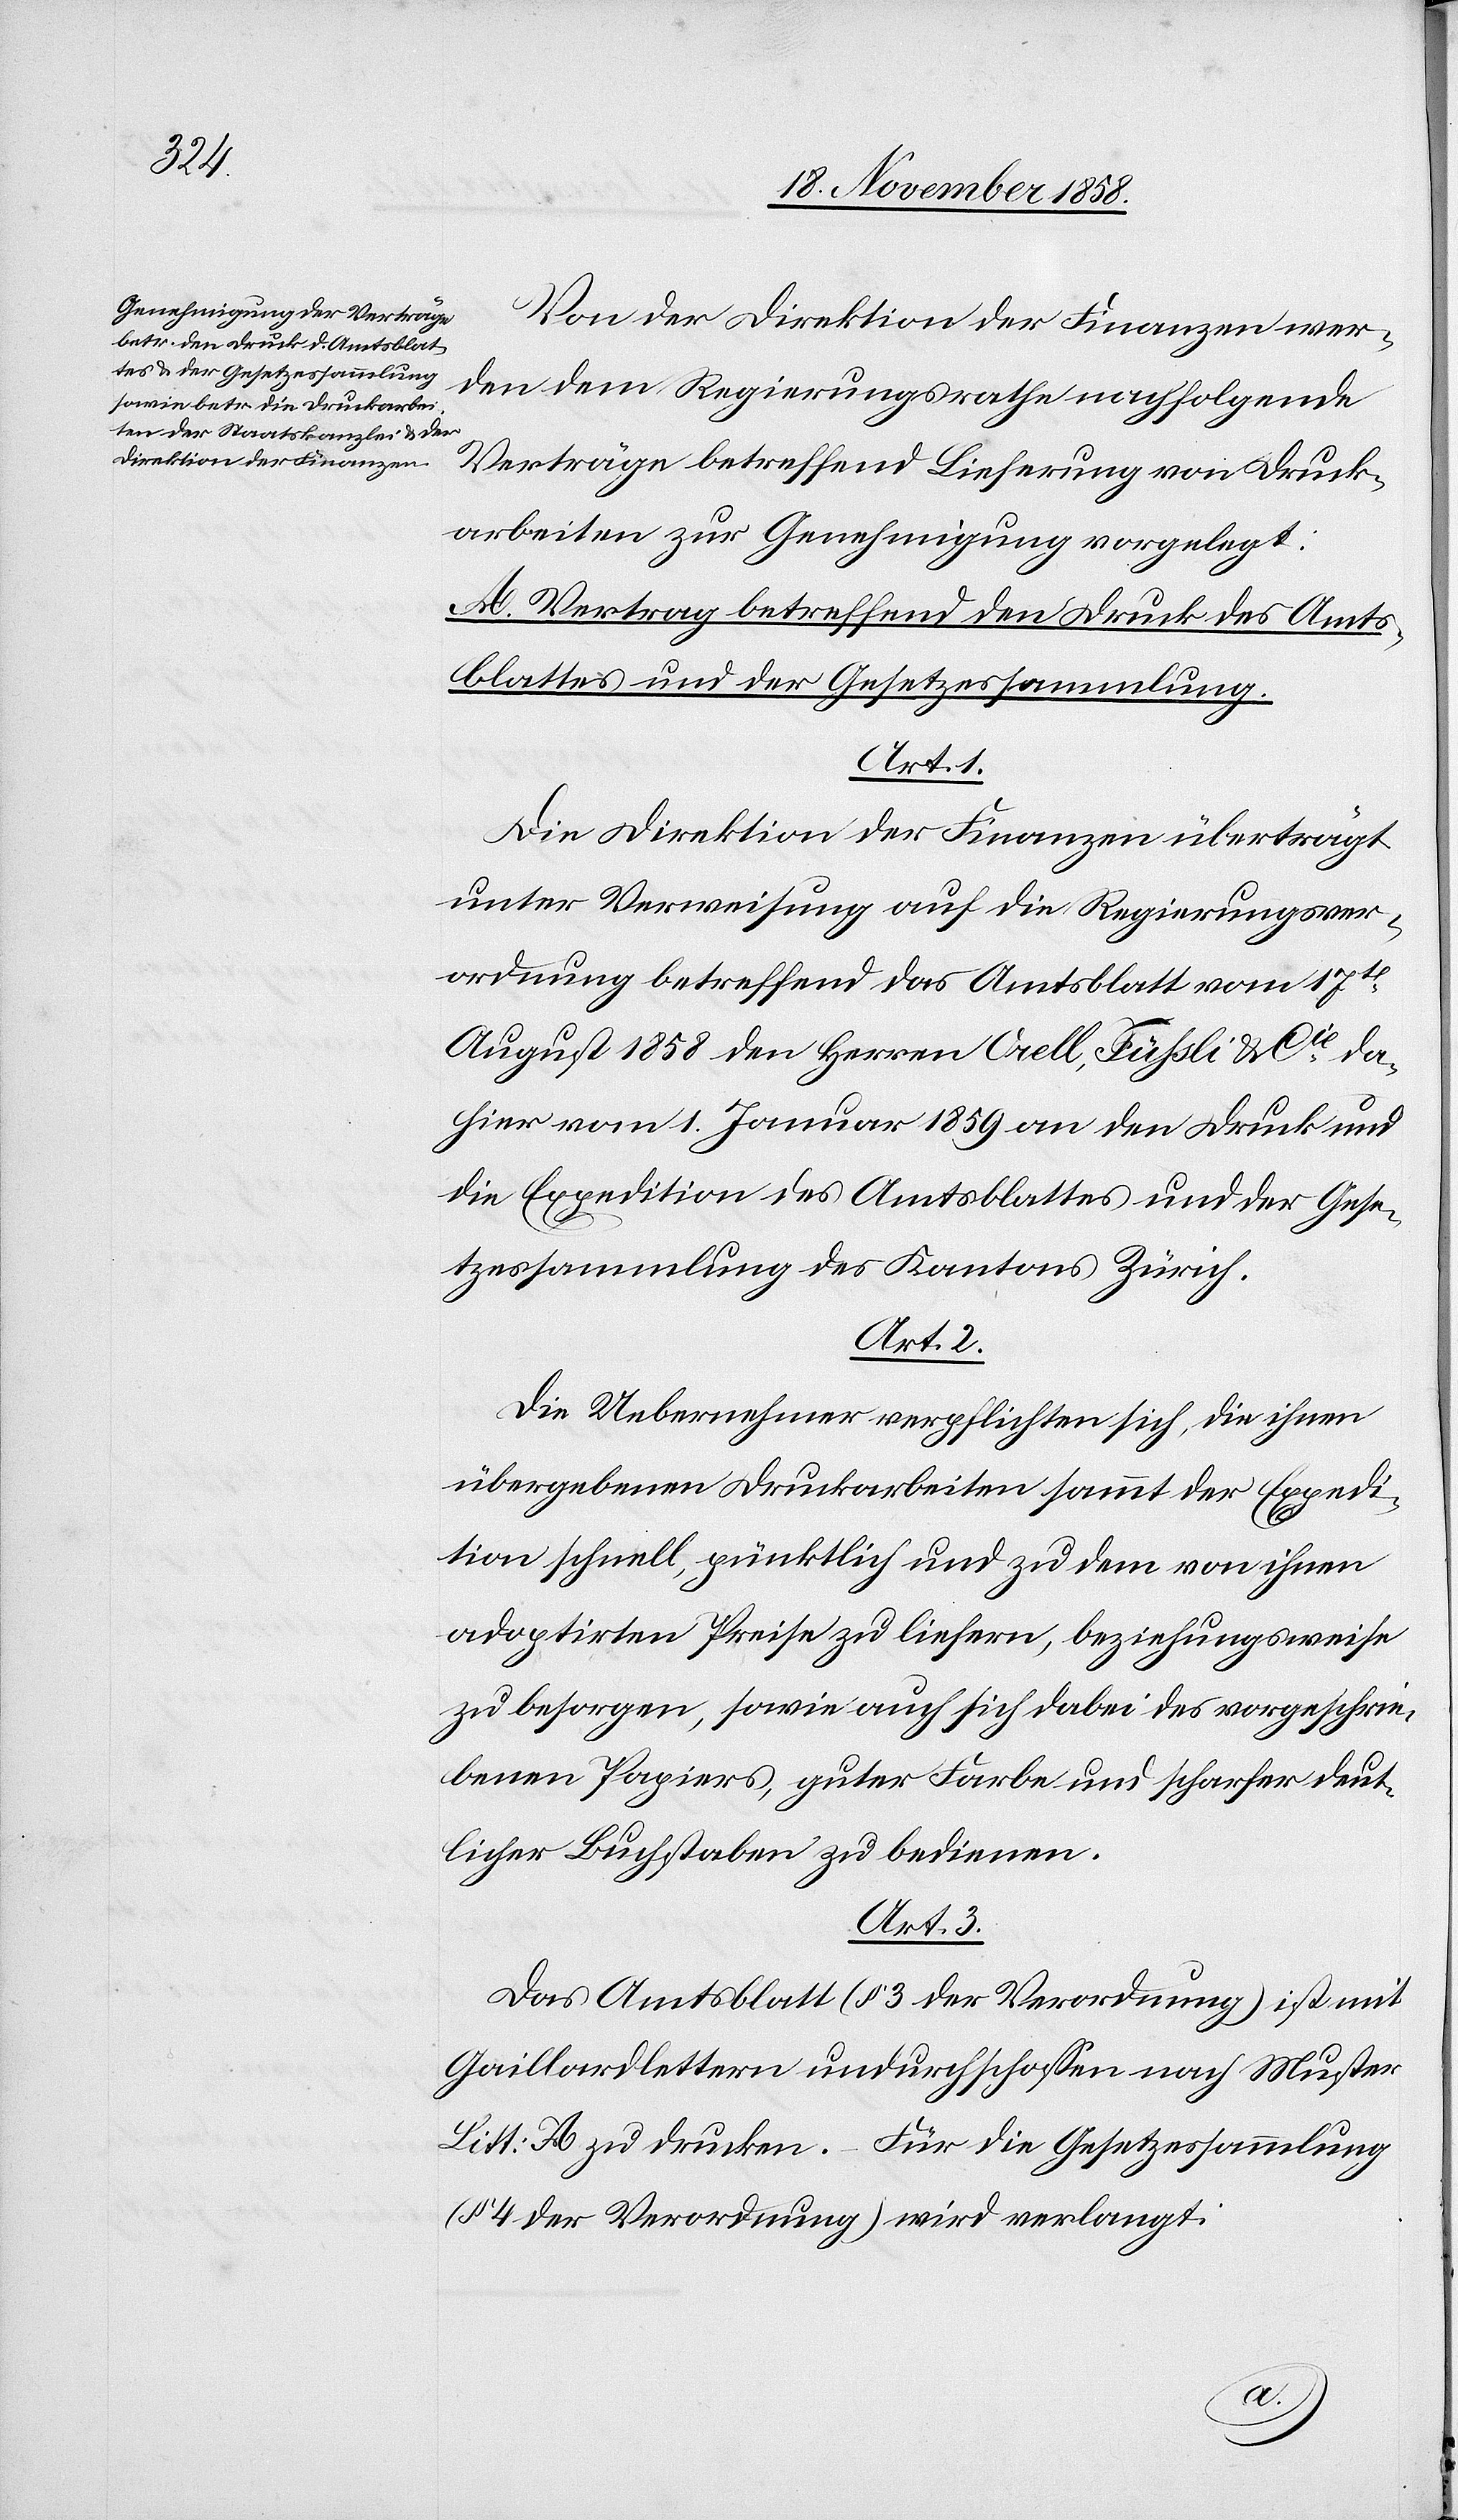
Von der Direktion der Finanzen wer¬
den dem Regierungsrathe nachfolgende
Verträge betreffend Lieferung von Druck¬
arbeiten zur Genehmigung vorgelegt:
A. Vertrag betreffend den Druck des Amts¬
blattes und der Gesetzessammlung.
Art. 1.
Die Direktion der Finanzen überträgt
unter Verweisung auf die Regierungsver¬
ordnung betreffend das Amtsblatt vom 17t
August 1858 den Herren Orell, Füssli & Cie da¬
hier vom 1. Januar 1859 an den Druck und
die Expedition des Amtsblattes und der Gese¬
tzessammlung des Kantons Zürich.
Art. 2.
Die Uebernehmer verpflichten sich, die ihnen
übergebenen Druckarbeiten sammt der Expedi¬
tion schnell, pünktlich und zu dem von ihnen
adoptirten Preise zu liefern, beziehungsweise
zu besorgen, sowie auch sich dabei des vorgeschrie¬
benen Papiers, guter Farbe und scharfer deut¬
licher Buchstaben zu bedienen.
Art. 3.
Das Amtsblatt (§ 3 der Verordnung) ist mit
Gaillardlettern undurchschossen nach Muster
Litt: A zu drucken. – Für die Gesetzessammlung
(§ 4 der Verordnung) wird verlangt: